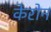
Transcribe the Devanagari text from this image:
केरोन